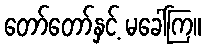
တော်တော်နှင့် မခေါ်ကြ။